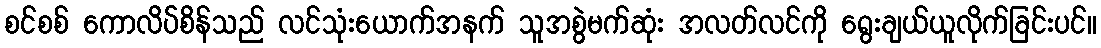
စင်စစ် ကောလိပ်စိန်သည် လင်သုံးယောက်အနက် သူအစွဲမက်ဆုံး အလတ်လင်ကို ရွေးချယ်ယူလိုက်ခြင်းပင်။